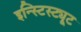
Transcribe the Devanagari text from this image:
इन्स्टिस्ट्यूट